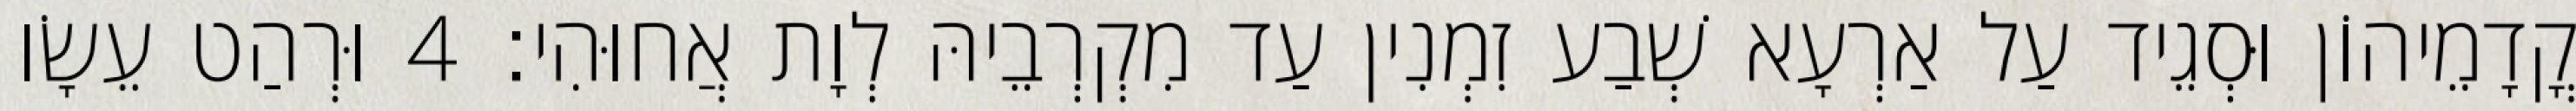
קֳדָמֵיהוֹן וּסְגֵיד עַל אַרְעָא שְׁבַע זִמְנִין עַד מִקְרְבֵיהּ לְוָת אֲחוּהִי׃ 4 וּרְהַט עֵשָׂו